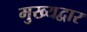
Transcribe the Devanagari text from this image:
मुख्‍यद्वार